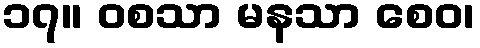
၁၇။ ဝစသာ မနသာ စေဝ၊